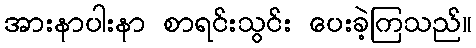
အားနာပါးနာ စာရင်းသွင်း ပေးခဲ့ကြသည်။